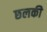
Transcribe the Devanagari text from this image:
छलकी